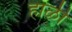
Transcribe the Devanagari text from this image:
हाळी